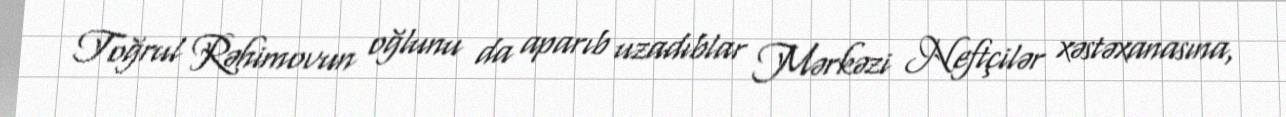
Toğrul Rəhimovun oğlunu da aparıb uzadıblar Mərkəzi Neftçilər xəstəxanasına,